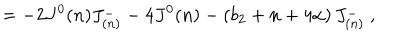
= - 2 J ^ { 0 } ( n ) J _ { ( n ) } ^ { - } - 4 J ^ { 0 } ( n ) - \left( b _ { 2 } + n + 4 \alpha \right) J _ { ( n ) } ^ { - } \ ,